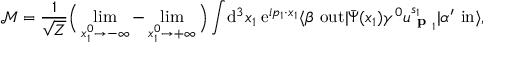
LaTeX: { \mathcal { M } } = { \frac { 1 } { \sqrt { Z } } } { \Big ( } \operatorname* { l i m } _ { x _ { 1 } ^ { 0 } \rightarrow - \infty } - \operatorname* { l i m } _ { x _ { 1 } ^ { 0 } \rightarrow + \infty } { \Big ) } \int \! \mathrm { d } ^ { 3 } x _ { 1 } \; \mathrm { e } ^ { i p _ { 1 } \cdot x _ { 1 } } \langle \beta \ \mathrm { o u t } | { \bar { \Psi } } ( x _ { 1 } ) \gamma ^ { 0 } u _ { { \textbf { p } } _ { 1 } } ^ { s _ { 1 } } | \alpha ^ { \prime } \ \mathrm { i n } \rangle ,